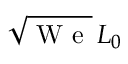
\sqrt { \mathrm { ~ W ~ e ~ } } \, L _ { 0 }